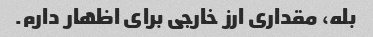
بله، مقداری ارز خارجی برای اظهار دارم.